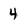
Character: 4